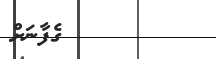
ގެފާނަށް